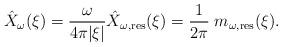
LaTeX: \begin{align*}\hat X_\omega(\xi) = \frac{\omega}{4 \pi |\xi|} \hat X_{\omega,\mathrm{res}} (\xi) = \frac{1}{2\pi} \; m_{\omega,\mathrm{res}} (\xi ) . \end{align*}